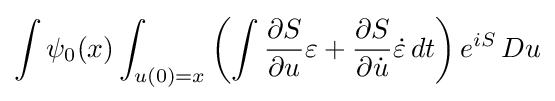
\int \psi _{0}(x)\int _{u(0)=x}\left(\int {\frac {\partial S}{\partial u}}\varepsilon +{\frac {\partial S}{\partial {\dot {u}}}}{\dot {\varepsilon }}\,dt\right)e^{iS}\,Du